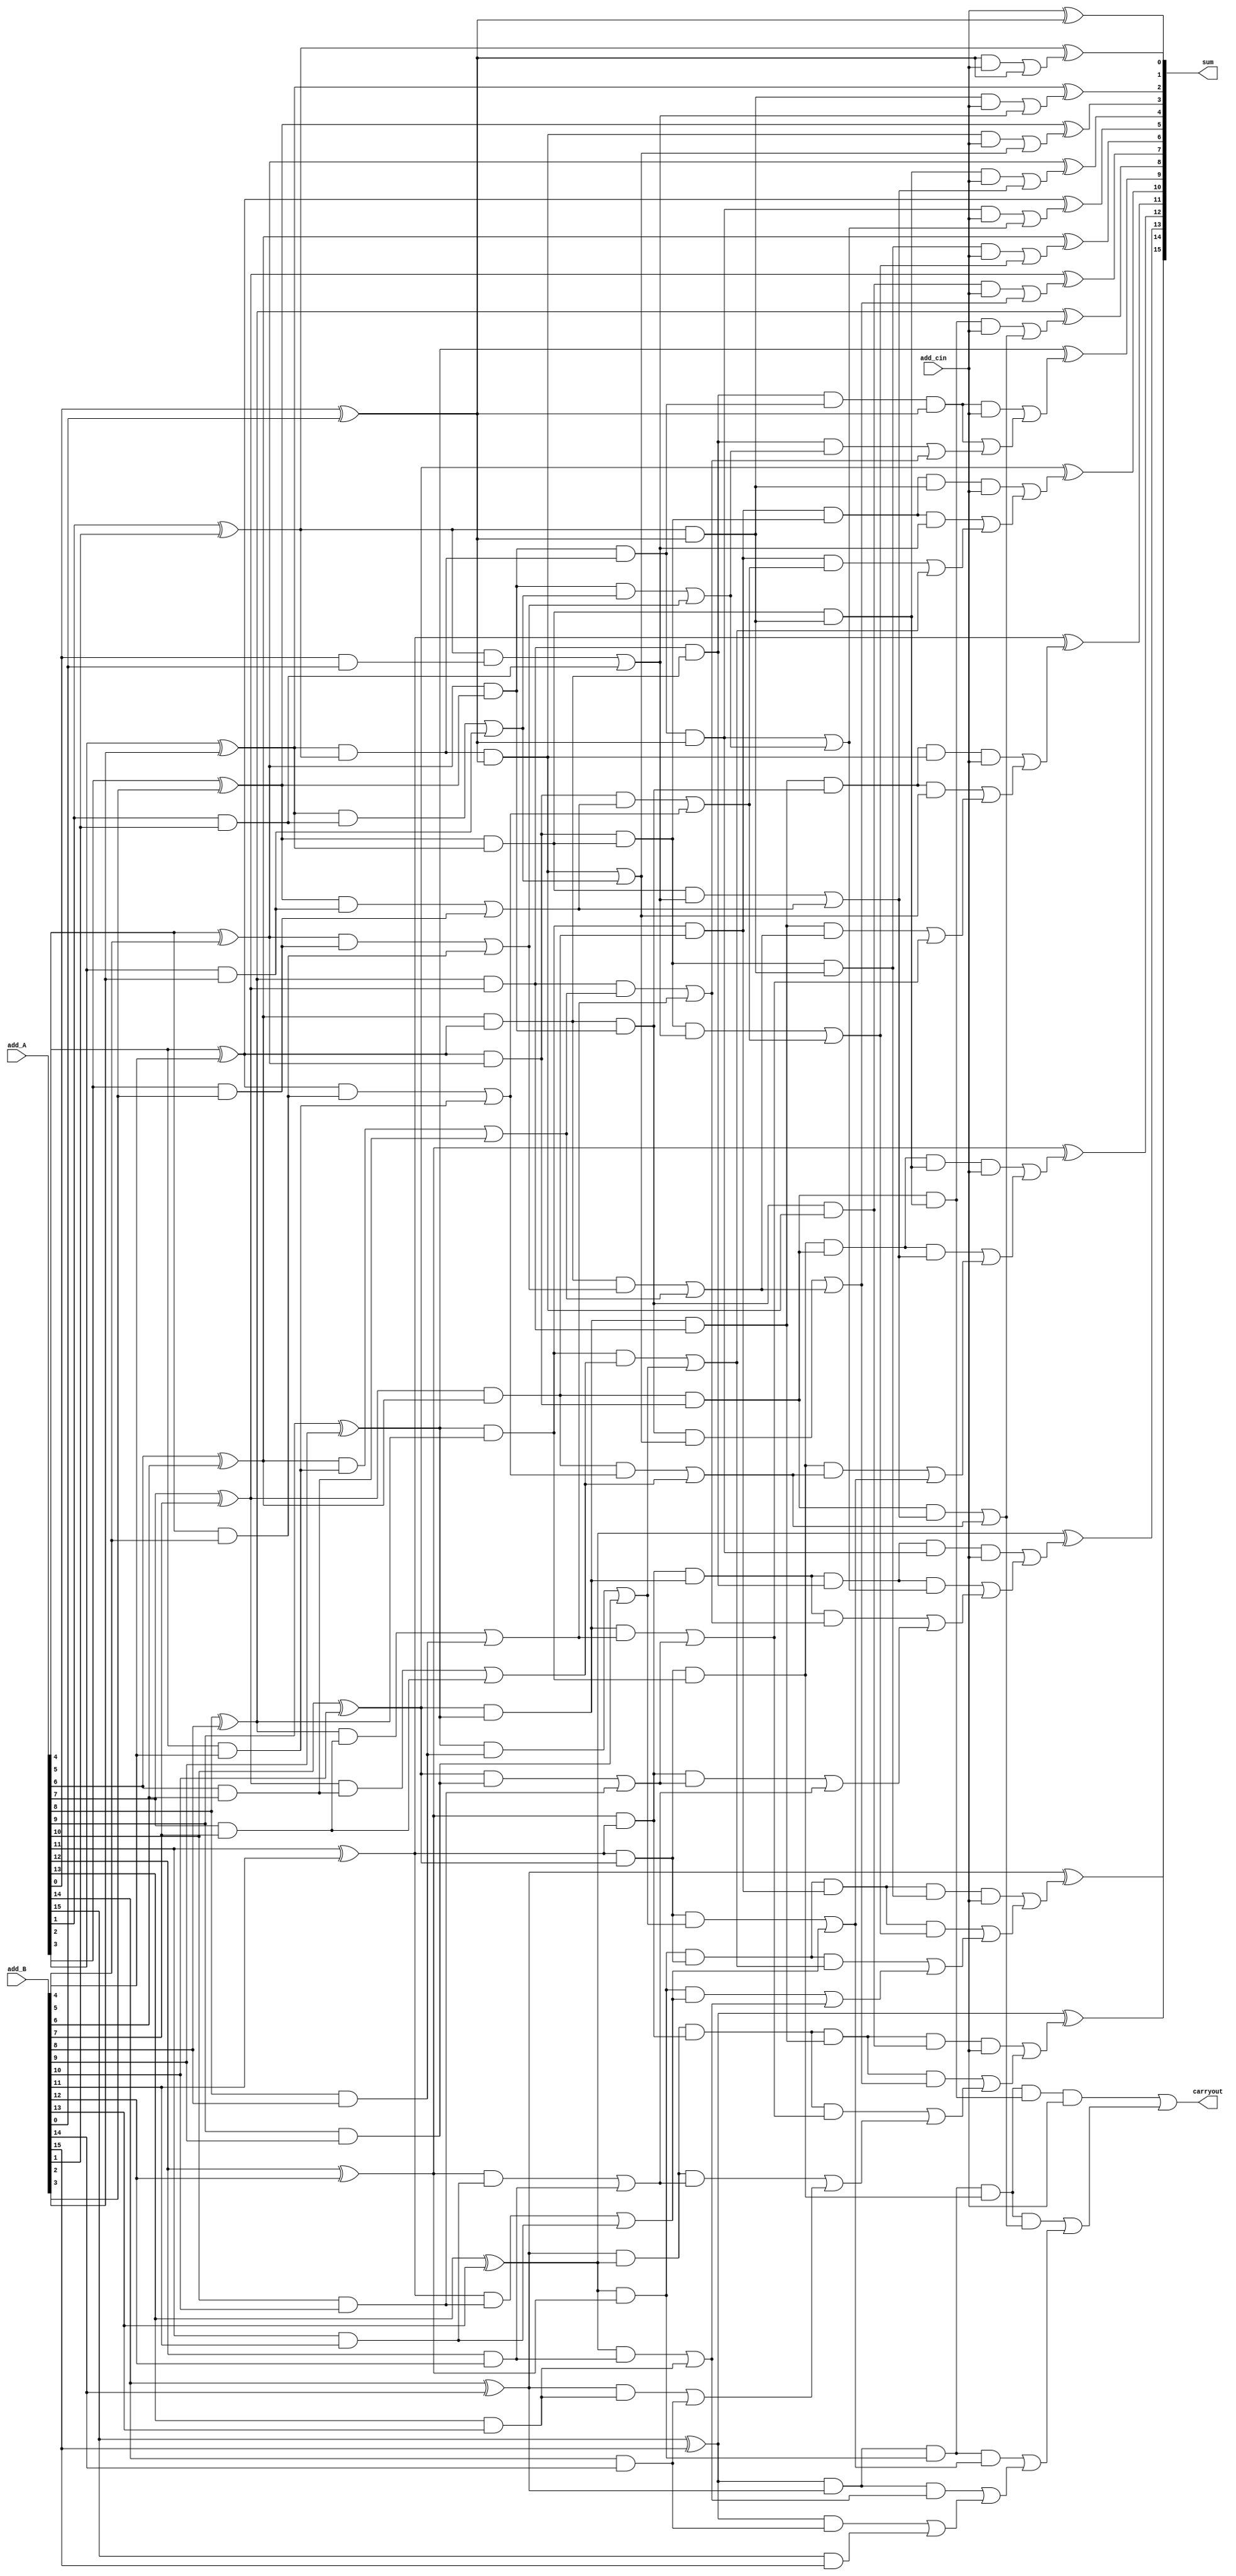
//Josh Schlichting
//EECS 318

//Log adder eqn:
//          Sum = a xor b xor c
//          c0 = cin
//          P = A + B, G = A*B, Ci = G + P*Cin


module log_adder(sum, carryout, add_A, add_B, add_cin);
  input[15:0] add_A, add_B;
  input add_cin;
  output[15:0] sum;
  output carryout;
  wire [15:0] P0, G0, P1, G1, P2, G2, P3, G3, P4, G4;
  wire[15:0] co;

  generate
    genvar i;
    //stage 0
    for (i = 0; i < 16; i = i + 1) begin
      assign P0[i] = add_A[i] ^ add_B[i];
      assign G0[i]  = add_A[i] & add_B[i];
    end

    //stage 1
    genvar j;
    assign P1[0] = P0[0];
    assign G1[0] = P0[0];
    for (j = 1; j < 16; j = j + 1) begin
      assign P1[j] = P0[j] & P0[j-1];
      assign G1[j] = (P0[j] & G0[j-1]) | G0[j];
    end

    //stage 2
    genvar k;
    assign P2[1:0] = P1[1:0];
    assign G2[1:0] = G1[1:0];
    for (k = 2; k < 16; k = k + 1) begin
      assign P2[k] = P1[k] & P1[k-2];
      assign G2[k] = (P1[k] & G1[k-2]) | G1[k];
    end

    //stage 3
    genvar l;
    assign P3[3:0] = P2[3:0];
    assign G3[3:0] = G2[3:0];
    for (l = 4; l < 16; l = l+1) begin
      assign P3[l] = P2[l] & P2[l-4];
      assign G3[l] = (P2[l] & G2[l-4]) | G2[l];
    end

    //stage 4
    genvar m;
    assign P4[7:0] = P3[7:0];
    assign G4[7:0] = G3[7:0];
    for (m = 8; m < 16; m = m + 1) begin
      assign P4[m] = P3[m] & P3[m-8];
      assign G4[m] = (P3[m] & G3[m-8]) | G3[m];
    end

    genvar o;
    for (o = 0; o < 16; o = o + 1) begin
      assign co[o] = ((P4[o] & add_cin) | G4[o]);
    end

    assign carryout = co[15];
    assign sum[0] = add_cin ^ P0[0];
    genvar n;
    for (n = 1; n < 16; n = n + 1)
      begin
        assign sum[n] = P0[n] ^ co[n-1];
      end
    endgenerate


  initial begin
    $monitor("%d %d %d %b %b %b %d %b", $time, add_A, add_B, add_cin, carryout, sum, {carryout, sum}, add_cin);
  end


endmodule